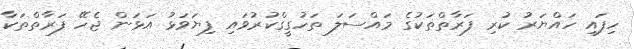
ހިފައި ހައްޔަރު ކުރި ފަރާތްތަކުގެ މައްސަލަ ތަހުގީގްކުރުވައި ފިޔަވަޅު އަޅަން ޖެހޭ ފަރާތްތަކާ